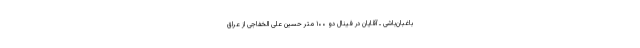
باغبان‌باشی ـ آقایان در فینال دو ۱۰۰ متر حسین علی الخفاجی از عراق